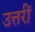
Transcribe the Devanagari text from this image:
उत्तरीं